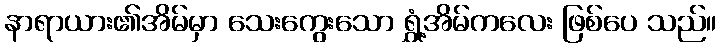
နာရာယား၏အိမ်မှာ သေးကွေးသော ရွှံ့အိမ်ကလေး ဖြစ်ပေ သည်။